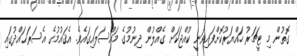
ގޮތުން މި ޓީޗަރު ހައްޔަރުކޮށްފައިވަނީ ކުއްޖަކަށް ގެއްލުން ދިނުމުގެ މައްސަލައިގައެވެ. އެޤައުމުގެ އެސަރަޙައްދުގައި